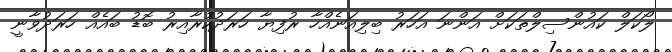
ލޯކަލް ކައުންސިލްތަކަށް އަންނަ އަހަރު ބިލިއަނެއްހާ ރުފިޔާ ހަރަދުކުރާއިރު ބޮޑު ބައެއް ހަރަދުވާނީ